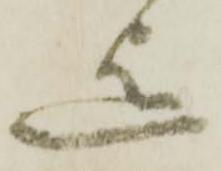
迄